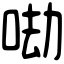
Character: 𠲵